Report of the Indian Hemp Drugs Commission, 1894-1895 - Volume VII
Year: 1894
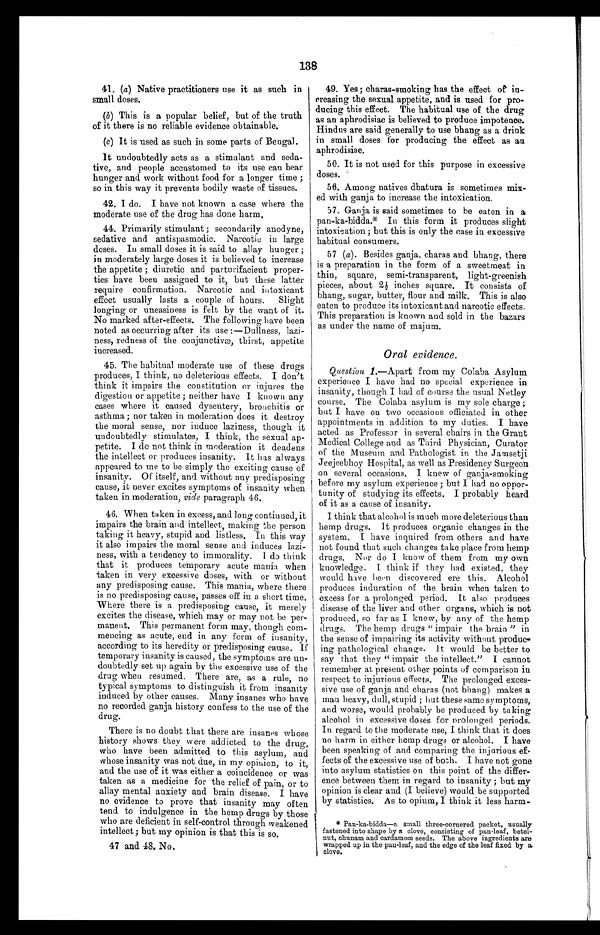
138
41. (a) Native practitioners use it as such in
small doses.
(b) This is a popular belief, but of the truth
of it there is no reliable evidence obtainable.
(c) It is used as such in some parts of Bengal.
It undoubtedly acts as a stimulant and seda
-
tive, and people accustomed to its use can bear
hunger and work without food for a longer time ;
so in this way it prevents bodily waste of tissues.
42. I do. I have not known a case where the
moderate use of the drug has done harm.
44. Primarily stimulant ; secondarily anodyne,
sedative and antispasmodic. Narcotic in large
doses. In small doses it is said to allay hunger;
in moderately large doses it is believed to increase
the appetite ; diuretic and parturifacient proper
-
ties have been assigned to it, but these latter
require confirmation. Narcotic and intoxicant
effect usually lasts a couple of hours. Slight
longing or uneasiness is felt by the want of it.
No marked after-effects. The following have been
noted as occurring after its use :—Dullness, lazi
-
ness, redness of the conjunctivæ, thirst, appetite
increased.
45. The habitual moderate use of these drugs
produces, I think, no deleterious effects. I don't
think it impairs the constitution or injures the
digestion or appetite ; neither have I known any
cases where it caused dysentery, bronchitis or
asthma ; nor taken in moderation does it destroy
the moral sense, nor induce laziness, though it '
undoubtedly stimulates, I think, the sexual ap
-
petite. I de not think in moderation it deadens
the intellect or produces insanity. It has always
appeared to me to be simply the exciting cause of
insanity. Of itself, and without any predisposing
cause, it never excites symptoms of insanity when
taken in moderation, vide paragraph 46.
46. When taken in excess, and long continued, it
impairs the brain and intellect, making the person
taking it heavy, stupid and listless. In this way
it also impairs the moral sense and induces lazi
-
ness, with a tendency to immorality. I do think
that it produces temporary acute mania when
taken in very excessive doses, with or without
any predisposing cause. This mania, where there
is no predisposing, cause, passes off in a short time.
Where there is a predisposing cause, it merely
excites the disease, which may or may not be per
-
manent. This permanent form may, though com
-
mencing as acute, end in any form of insanity,
according to its heredity or predisposing cause. If
temporary insanity is caused, the symptoms are un
-
doubtedly set up again by the excessive use of the
drug when resumed. There are, as a rule, no
typical symptoms to distinguish it from insanity
induced by other causes. Many insanes who have
no recorded ganja history confess to the use of the
drug.
There is no doubt that there are insanes whose
history shows they were addicted to the drug,
who have been admitted to this asylum, and
whose insanity was not due, in my opinion, to it,
and the use of it was either a coincidence or was
taken as a medicine for the relief of pain, or to
allay mental anxiety and brain disease. I have
no evidence to prove that insanity may often
tend to indulgence in the hemp drugs by those
who are deficient in self-control through weakened
intellect; but my opinion is that this is so.
47 and 48. No.
49. Yes; charas-smoking has the effect of in
-
creasing the sexual appetite, and is used for pro
-
ducing this effect. The habitual use of the drug
as an aphrodisiac is believed to produce impotence.
Hindus are said generally to use bhang as a drink
in small doses for producing the effect as an
aphrodisiac.
50. It is not used for this purpose in excessive
doses.
56. Among natives dhatura is sometimes mix-
ed with ganja to increase the intoxication.
57. Ganja is said sometimes to be eaten in a
pan-ka-bidda.* In this form it produces slight
intoxication; but this is only the case in excessive
habitual consumers.
57 (a). Besides ganja, charas and bhang, there
is a preparation in the form of a sweetmeat in
thin, square, semi-transparent, light-greenish
pieces, about 2½ inches square. It consists of
bhang, sugar, butter, flour and milk. This is also
eaten to produce its intoxicant and narcotic effects.
This preparation is known and sold in the bazars
as under the name of majum.
Oral evidence.
Question 1 .—Apart from my Colaba Asylum
experience I have had no special experience in
insanity, though I had of course the usual Netley
course. The Colaba asylum is my sole charge ;
but I have on two occasions officiated in other
appointments in addition to my duties. I have
acted as Professor in several chairs in the Grant
Medical College and as Third Physician, Curator
of the Museum and Pathologist in the Jamsetji
Jeejeebhoy Hospital, as well as Presidency Surgeon
on several occasions, I knew of ganja-smoking
before my asylum experience ; but I had no oppor
-
tunity of studying its effects. I probably heard
of it as a cause of insanity.
I think that alcohol is much more deleterious than
hemp drugs. It produces organic changes in the
system. I have inquired from others and have
not found that such changes take place from hemp
drugs. Nor do I know of them from my own
knowledge. I think if they had existed, they
would have been discovered ere this. Alcohol
produces induration of the brain when taken to
excess for a prolonged period. It also produces
disease of the liver and other organs, which is not
produced, so far as I know, by any of the hemp
drugs. The hemp drugs "impair the brain " in
the sense of impairing its activity without produc-
ing pathological change. It would be better to
say that they " impair the intellect." I cannot
remember at present other points of comparison in
respect to injurious effects. The prolonged exces-
sive use of ganja and charas (not bhang) makes a
man heavy, dull, stupid ; but these same symptoms,
and worse, would probably be produced by taking
alcohol in excessive doses for prolonged periods.
In regard to the moderate use, I think that it does
no harm in either hemp drugs or alcohol. I have
been speaking of and comparing the injurious ef
-
fects of the excessive use of both. I have not gone
into asylum statistics on this point of the differ
-
ence between them in regard to insanity ; but my
opinion is clear and (I believe) would be supported
by statistics. As to opium, I think it less harm
-
*Pan-ka-bidda—a small three-cornered packet, usually
fastened into shape by a clove, consisting of pan-leaf, betel
-
nut, chunam and cardamom seeds. The above ingredients are
wrapped up in the pan-leaf, and the edge of the leaf fixed by a
clove.